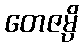
တေဇမ္ပိ